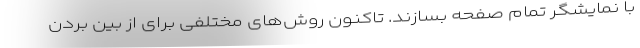
با نمایشگر تمام صفحه بسازند. تاکنون روش‌های مختلفی برای از بین بردن